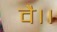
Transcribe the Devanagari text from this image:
वै।।